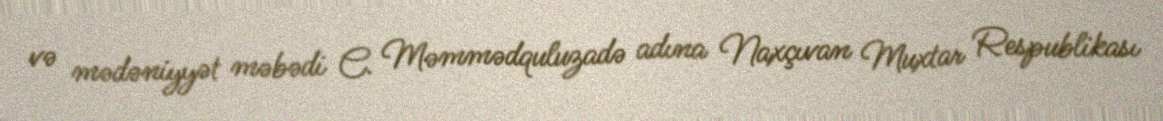
və mədəniyyət məbədi C. Məmmədquluzadə adına Naxçıvan Muxtar Respublikası